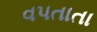
વપતાતા